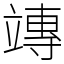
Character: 竱